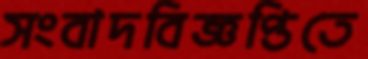
সংবাদবিজ্ঞপ্তিতে